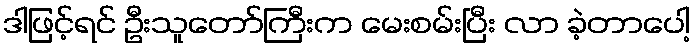
ဒါဖြင့်ရင် ဦးသူတော်ကြီးက မေးစမ်းပြီး လာ ခဲ့တာပေါ့